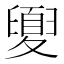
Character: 𡕻